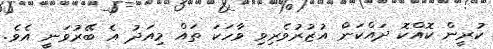
ކުރީން ކޮއްކޮ ދައްކަން އުޒުރުވެރިވި ވާހަކަ ތައް މިއަދު އެ ބޭރުވަނީ އެވެ.